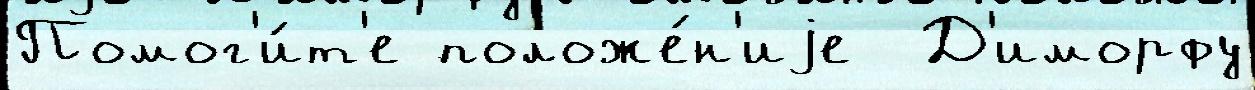
Помог'и́т'е положе́н'иjе  Д'иморфу